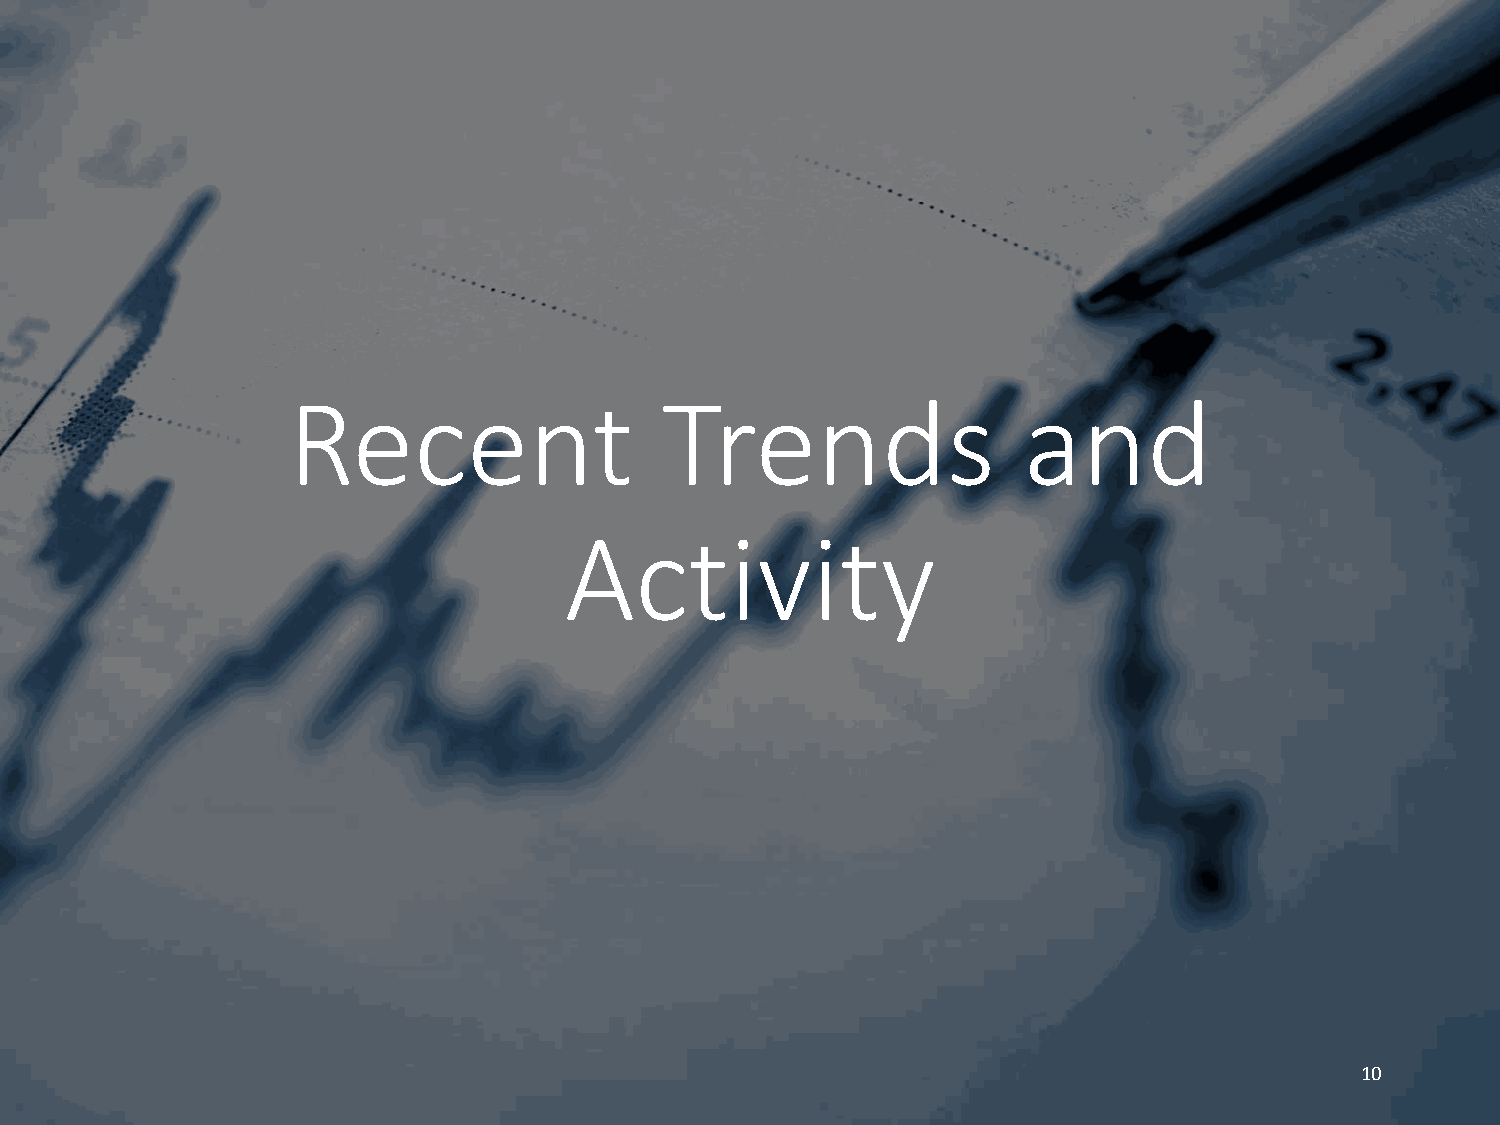
Recent                   Trends                  and
 Activity
 10